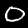
Digit: 0